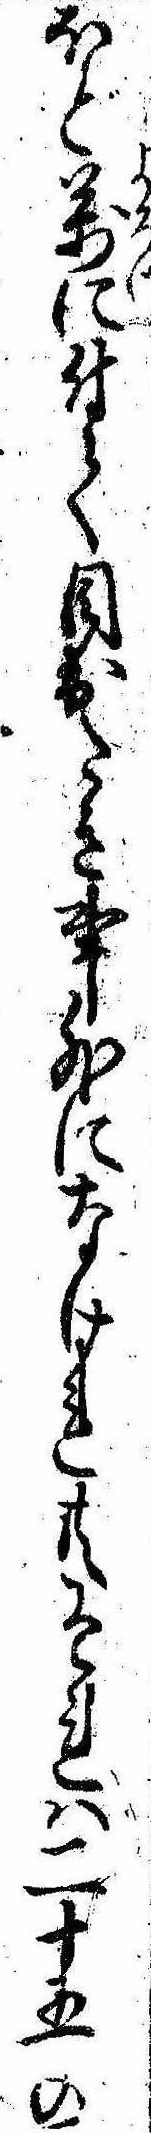
ほど万に付て目出たき事外になけれ共それは二十五の